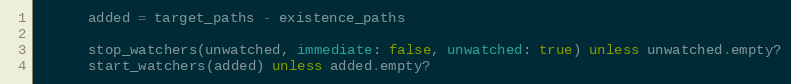
Language: Ruby
      added = target_paths - existence_paths

      stop_watchers(unwatched, immediate: false, unwatched: true) unless unwatched.empty?
      start_watchers(added) unless added.empty?